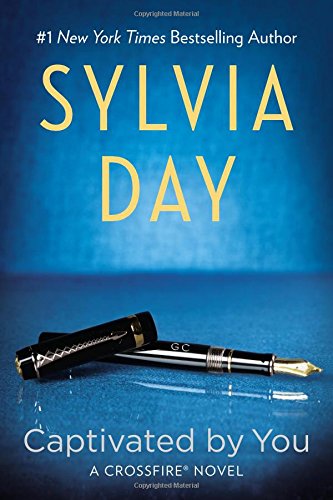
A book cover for Captivated by You (Crossfire); Sylvia Day; Romance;